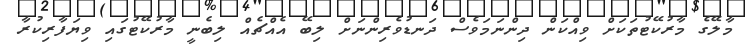
މާލޭގެ މާރުކޭޓުތަކަށް ވިއްކަން ދިންނަމަވެސް ދަނޑުވެރިންނަށް ލިބޭ އެއްޗެއް ލިބެނީ މާރުކޭޓުގައި ވިޔަފާރިކުރާ